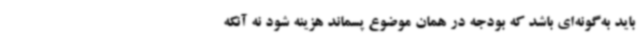
باید به‌گونه‌ای باشد که بودجه در همان موضوع پسماند هزینه شود نه آنکه